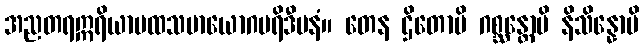
အညတရဣရိယာပထသမာယောဂပရိဒီပနံ။ တေန ဌိတောပိ ဂစ္ဆန္တောပိ နိသိန္နောပိ